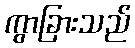
ကွာခြားသည်